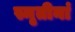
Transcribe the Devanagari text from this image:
स्मृतीनां